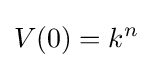
V(0)=k^{n}